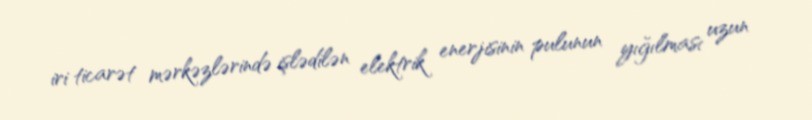
iri ticarət mərkəzlərində işlədilən elektrik enerjisinin pulunun yığılması uzun